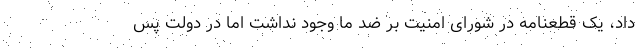
داد، یک قطعنامه در شورای امنیت بر ضد ما وجود نداشت اما در دولت پس